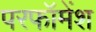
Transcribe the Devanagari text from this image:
परफॉमेंश